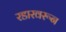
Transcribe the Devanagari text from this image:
रडारवरून